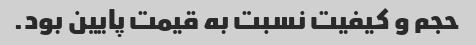
حجم و کیفیت نسبت به قیمت پایین بود.